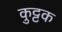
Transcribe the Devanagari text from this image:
कुुट्टक